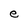
Character: e